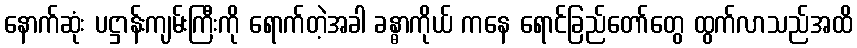
နောက်ဆုံး ပဋ္ဌာန်းကျမ်းကြီးကို ရောက်တဲ့အခါ ခန္ဓာကိုယ် ကနေ ရောင်ခြည်တော်တွေ ထွက်လာသည်အထိ